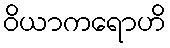
ဝိယာကရောဟိ